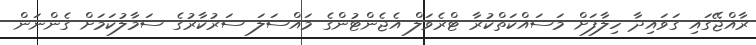
ރާއްޖޭގައި ގަވައިދާ ހިލާފަށް މަސައްކަތްކުރާ ޓްރެވަލް އެޖެންޓުންގެ މައްސަލަ ސަރުކާރުގެ ސަމާލުކަމަށް ގެންނަން